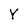
Character: Y